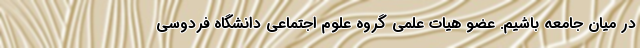
در میان جامعه باشیم. عضو هیات علمی گروه علوم اجتماعی دانشگاه فردوسی